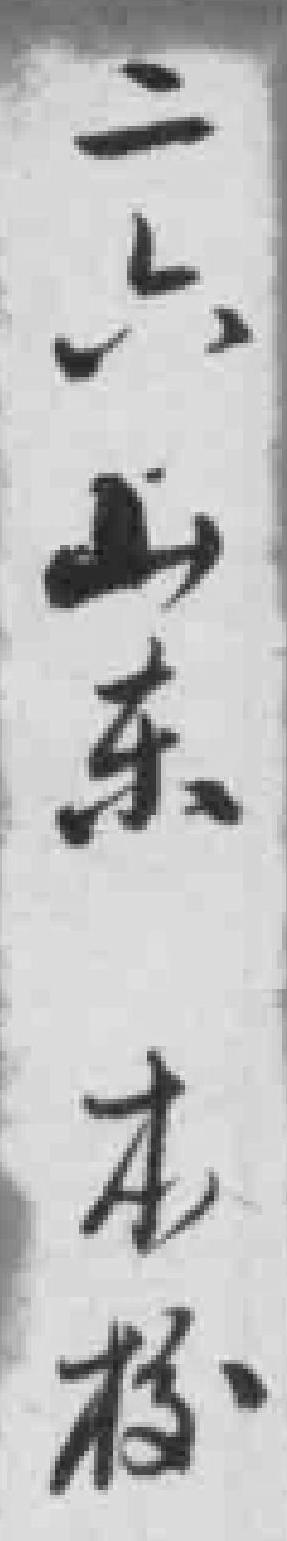
二六山东本枝